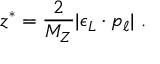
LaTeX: z ^ { * } = { \frac { 2 } { M _ { Z } } } | \epsilon _ { L } \cdot p _ { \ell } | \ .